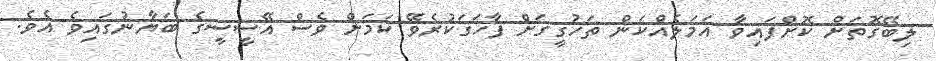
ލިބޭގޮތަށް ކޮށްފައިވާ އަމަލެއްކަން ތަހުގީގަށް ފާހަގަކުރެވޭ ކަމަށް ވެސް އޭސީސީގެ ބަޔާނުގައިވެ އެވެ.